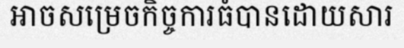
អាចសម្រេចកិច្ចការធំបានដោយសារ